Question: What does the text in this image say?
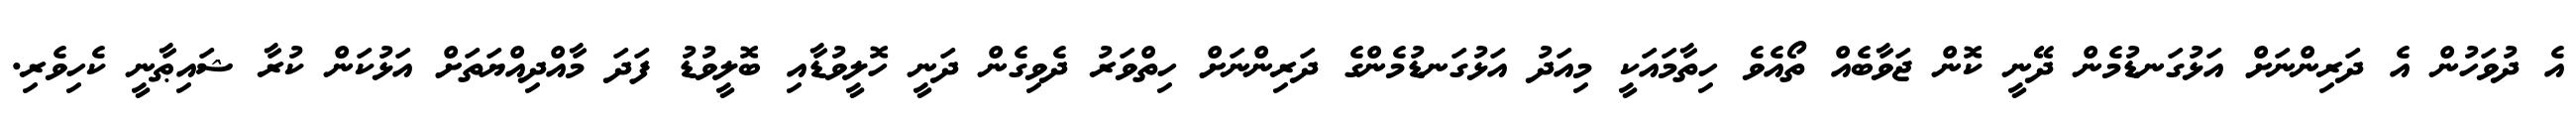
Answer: އެ ދުވަހުން އެ ދަރިންނަށް އަޅުގަނޑުމެން ދޭނީ ކޮން ޖަވާބެއް ތޯއެވެ ހިތާމައަކީ މިއަދު އަޅުގަނޑުމެންގެ ދަރިންނަށް ހިތްވަރު ދެވިގެން ދަނީ ހޮލީވުޑާއި ބޮލީވުޑު ފަދަ މާއްދިއްޔަތަށް އަޅުކަން ކުރާ ޝައިޠާނީ ކެހިވެރި.